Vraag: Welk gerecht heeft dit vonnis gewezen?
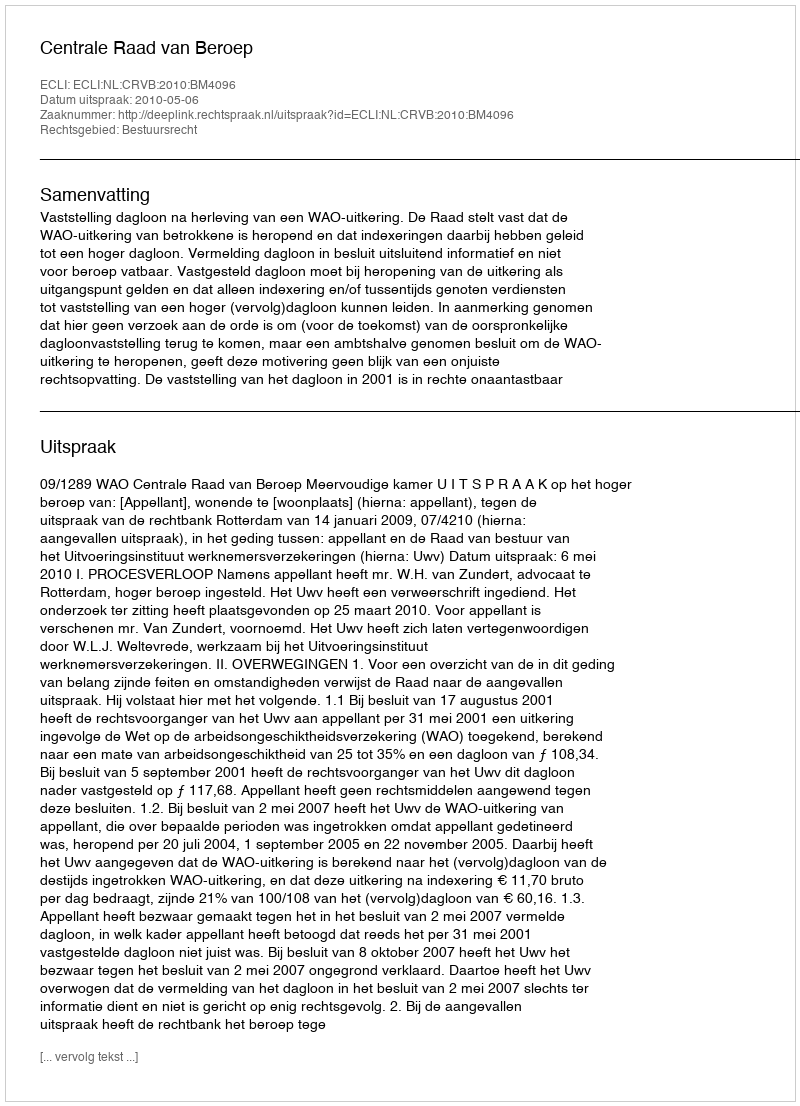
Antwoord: Centrale Raad van Beroep